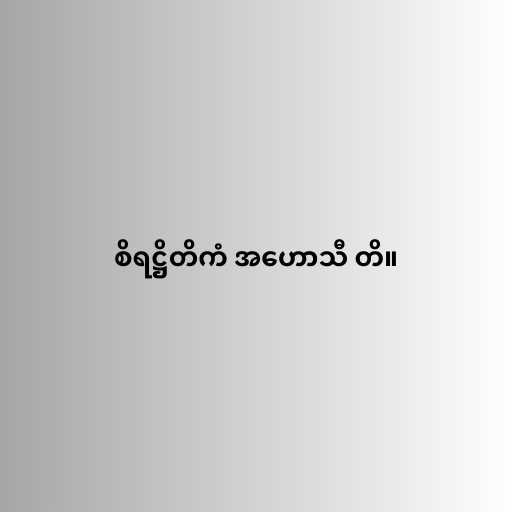
စိရဋ္ဌိတိကံ အဟောသီ တိ။